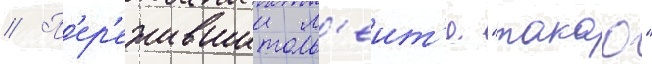
// П'ер'ежившии л'еит'е "такао"